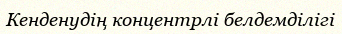
Кенденудің концентрлі белдемділігі